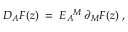
D _ { A } F ( z ) \; = \; E _ { A } { } ^ { M } \, \partial _ { M } F ( z ) \; ,